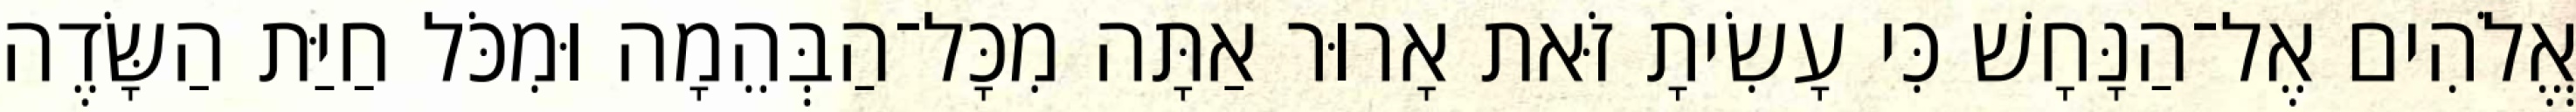
אֱלֹהִים אֶל־הַנָּחָשׁ כִּי עָשִׂיתָ זֹּאת אָרוּר אַתָּה מִכָּל־הַבְּהֵמָה וּמִכֹּל חַיַּת הַשָּׂדֶה